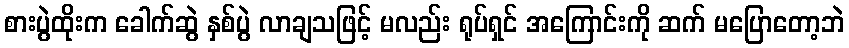
စားပွဲထိုးက ခေါက်ဆွဲ နှစ်ပွဲ လာချသဖြင့် မလည်း ရုပ်ရှင် အကြောင်းကို ဆက် မပြောတော့ဘဲ